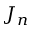
J _ { n }